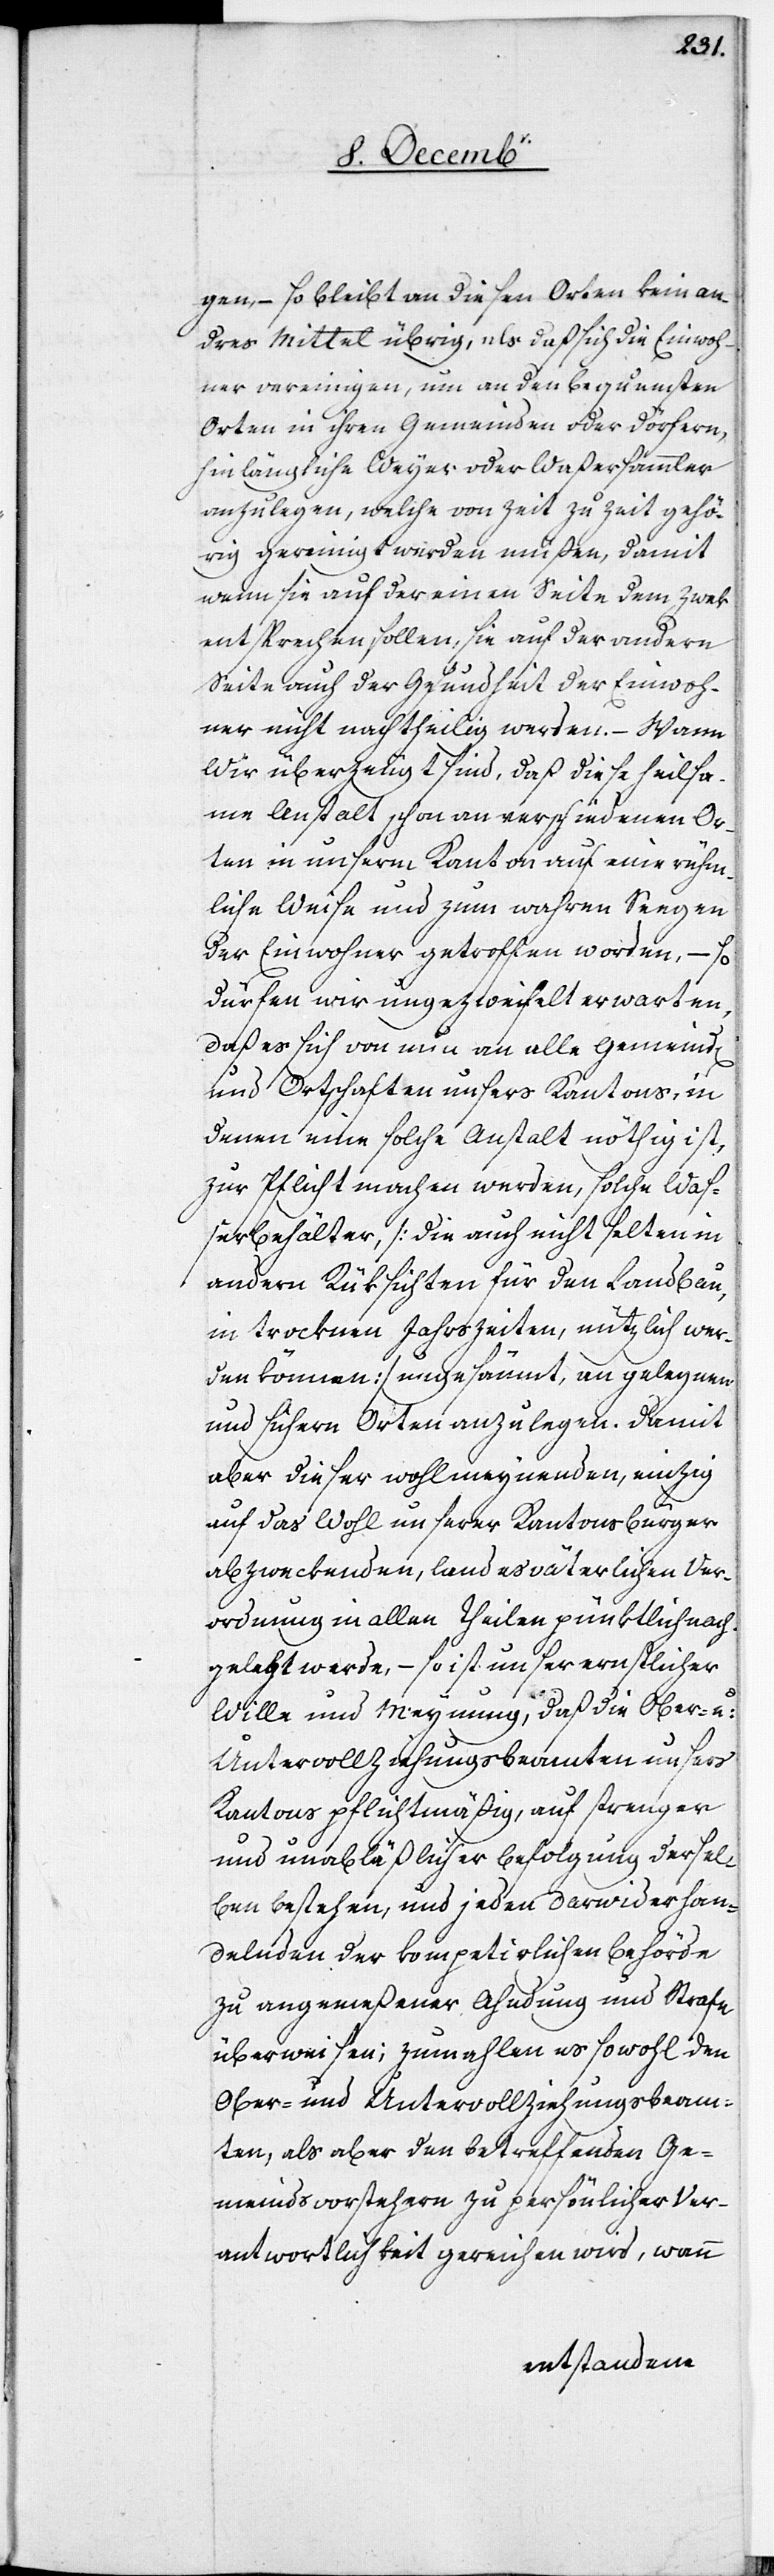
gen, – so bleibt an diesen Orten kein an¬
dres Mittel übrig, als daß sich die Einwoh¬
ner vereinigen, um an den bequemsten
Orten in ihren Gemeinden oder Dörfern,
hinlängliche Weyer oder Waßersammler
anzulegen, welche von Zeit zu Zeit gehö¬
rig gereinigt werden müßen, damit
wenn sie auf der einen Seite dem Zwek
entsprechen sollen, sie auf der andern
Seite auch der Gesundheit der Einwoh¬
ner nicht nachtheilig werden. – Wann
wir überzeugt sind, daß diese heilsa¬
me Anstalt schon an verschiedenen Or¬
ten in unserm Kanton auf eine rühm¬
liche Weise und zum wahren Seegen
der Einwohner getroffen worden, – so
dürfen wir ungezweifelt erwarten,
daß es sich von nun an alle Gemeind[en]
und Ortschaften unsers Kantons, in
denen eine solche Anstalt nöthig ist,
zur Pflicht machen werden, solche Waß¬
erbehälter [die auch nicht selten in
andern Rüksichten für den Landbau,
in trocknen Jahrszeiten, nützlich wer¬
den können] ungesäumt, an gelegnen
und sichern Orten anzulegen. Damit
aber dieser wohlmeynenden, einzig
auf das Wohl unserer Kantonsbürger
abzweckenden, landesväterlichen Ver¬
ordnung in allen Theilen pünktlich nach¬
gelebt werde, – so ist unser ernstlicher
Wille und Meynung, daß die Ober- u:
Untervollziehungsbeamten unsers
Kantons pflichtmäßig, auf strenger
und unabläßlicher Befolgung dersel¬
ben bestehen, und jeden Darwiderhan¬
delnden der kompetirlichen Behörde
zu angemeßener Ahndung und Strafe
überweisen; zumahlen es sowohl den
Ober- und Untervollziehungsbeam¬
ten, als aber den betreffenden Ge¬
meindsvorstehern zu persönlicher Ver¬
antwortlichkeit gereichen wird, wann